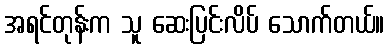
အရင်တုန်းက သူ ဆေးပြင်းလိပ် သောက်တယ်။